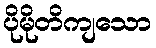
ပိုမိုတိကျသော